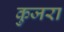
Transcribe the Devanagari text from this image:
कुजरा